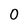
Character: 0